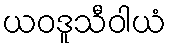
ယဝဒူသီဝါယံ